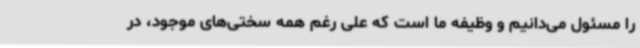
را مسئول می‌دانیم و وظیفه ما است که علی رغم همه سختی‌های موجود، در